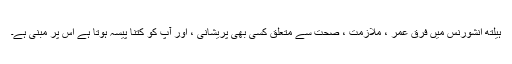
ہیلتھ انشورنس میں فرق عمر ، ملازمت ، صحت سے متعلق کسی بھی پریشانی ، اور آپ کو کتنا پیسہ ہوتا ہے اس پر مبنی ہے۔